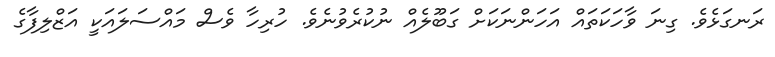
ރަނގަޅެވެ. ގިނަ ވާހަކަތައް އަހަންނަކަށް ގަބޫލެއް ނުކުރެވުނެވެ. ހުރިހާ ވެސް މައްސަލައަކީ އަޒްލިފާގެ